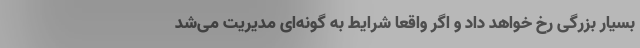
بسیار بزرگی رخ خواهد داد و اگر واقعا شرایط به گونه‌ای مدیریت می‌شد